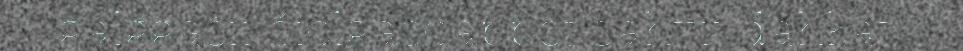
galggašii čielgaseappot sáhttit dahkat